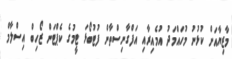
މާޒިޔާއަށް ކުޅުނު މުހައްމަދު އުމެއިރާއި އަފްގާނިސްތާން ފުޓުބޯޅަ ޓީމުގެ ކެޕްޓަން ޒޯހިބް އިސްލާމް